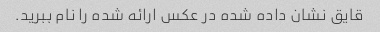
قایق نشان داده شده در عکس ارائه شده را نام ببرید.